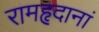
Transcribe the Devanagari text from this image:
रामहृदानां